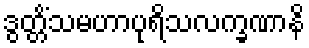
ဒွတ္တိံသမဟာပုရိသလက္ခဏာနိ